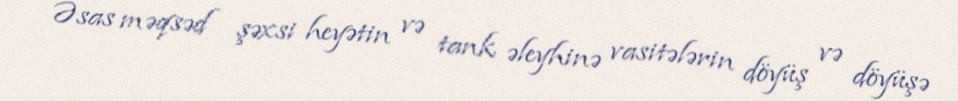
Əsas məqsəd şəxsi heyətin və tank əleyhinə vasitələrin döyüş və döyüşə